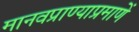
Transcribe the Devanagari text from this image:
मानवप्राण्याप्रमाणें